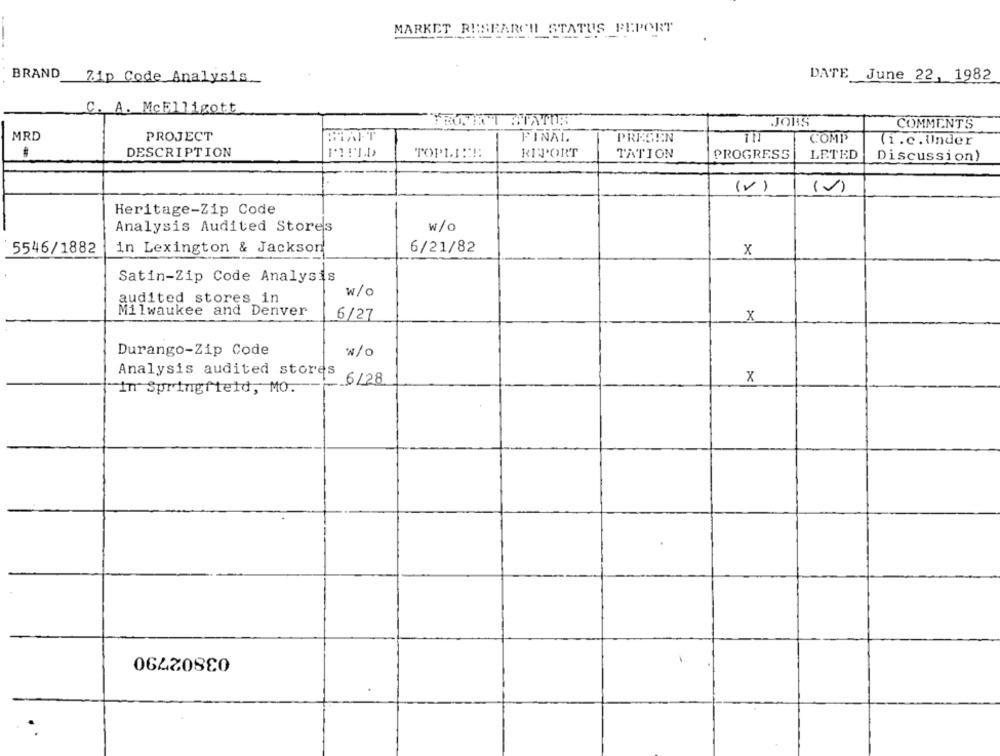
MARKET RESEARCH STATUS FEPORT
DATE June 22, 1982
BRAND Zip Code Analysis.
C. A. McElligott
JOBS
COMMENTS
MRD
PROJECT
HAFT
FINAL.
PRESEN
COMP
(i.e . Under
DESCRIPTION
TOPLE !!!
RIPORT
TATION
PROGRESS
LETED
Discussion)
(V)
(v)
Heritage-Zip Code
w/o
Analysis Audited Stores
in Lexington & Jackson
6/21/82
5546/1882
x
Satin-Zip Code Analysis
w/o
audited stores in
Milwaukee and Denver
6/27
x
Durango-Zip Code
w/o
Analysis audited stores
X
6128
in Springfield, MO.
03802790